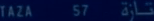
TAZA 57